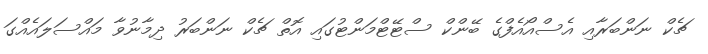
ޗެކް ނަންބަރާއި އެސްއޯއެފްގެ ބޭންކް ސްޓޭޓްމަންޓުގައި އޮތް ޗެކް ނަންބަރު ދިމާނުވާ މައްސަލައެއްގަ